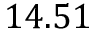
1 4 . 5 1